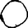
Digit: 0